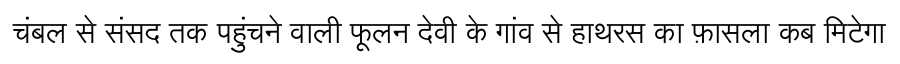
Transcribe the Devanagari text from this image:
चंबल से संसद तक पहुंचने वाली फूलन देवी के गांव से हाथरस का फ़ासला कब मिटेगा